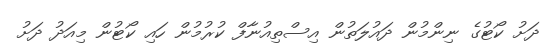
ދަށު ކޯޓުގެ ނިންމުން ދައުލަތުން އިސްތިއުނާފް ކުރުމުން ހައި ކޯޓުން މިއަދު ދަށު